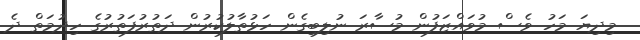
މިދިޔަ މަހު ވެސް މުވައްޒަފުން މުސާރަ ނުލިބިގެން ހަޅުތާލުކުރުން ދަތުރުފަތުރުގެ ހިދުމަތް ދެ